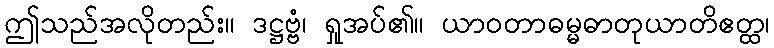
ဤသည်အလိုတည်း။ ဒဋ္ဌဗ္ဗံ၊ ရှုအပ်၏။ ယာဝတာဓမ္မဓာတုယာတိဧတ္ထ၊